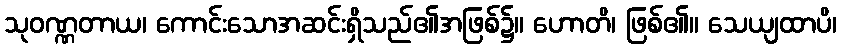
သုဝဏ္ဏတာယ၊ ကောင်းသောအဆင်းရှိသည်၏အဖြစ်၌။ ဟောတိ၊ ဖြစ်၏။ သေယျထာပိ၊